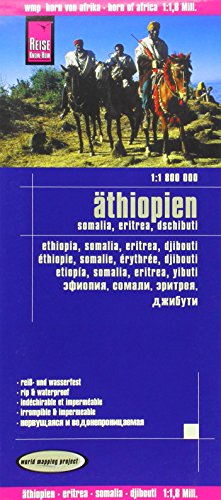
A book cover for Athiopien, Somalia, Eritrea, Dschibuti = Ethiopia, Somalia, Eritrea, Djibouti = Ethiopie, Somalie, Erythree, Djibouti; Reise Know-How Verlag; Travel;